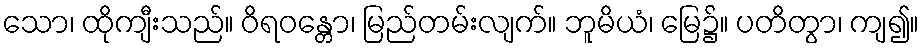
သော၊ ထိုကျီးသည်။ ဝိရဝန္တော၊ မြည်တမ်းလျက်။ ဘူမိယံ၊ မြေ၌။ ပတိတွာ၊ ကျ၍။